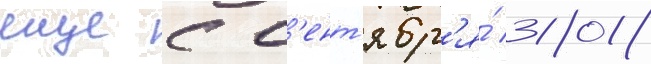
еще с с'ент'ябр'я́ 2018